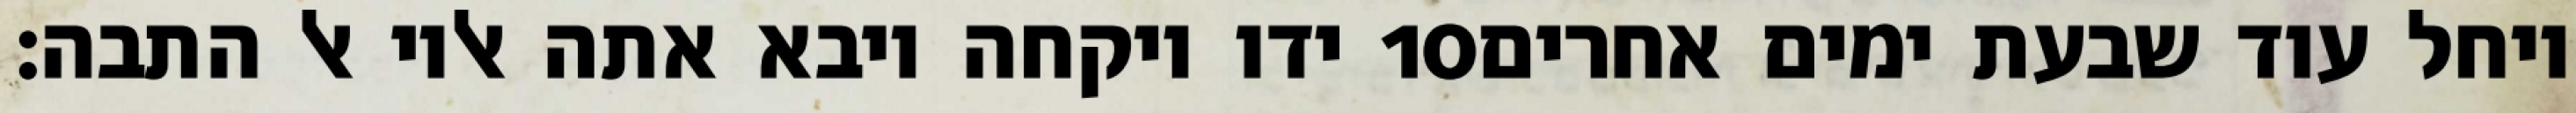
ידו ויקחה ויבא אתה אליו אל התבה׃ ‎10‏ ויחל עוד שבעת ימים אחרים